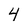
Character: 4